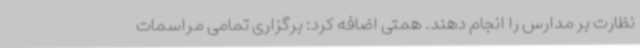
نظارت بر مدارس را انجام دهند. همتی اضافه کرد: برگزاری تمامی مراسمات